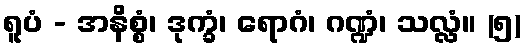
ရူပံ - အနိစ္စံ၊ ဒုက္ခံ၊ ရောဂံ၊ ဂဏ္ဍံ၊ သလ္လံ။ (၅)